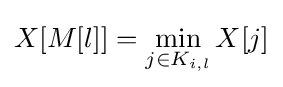
X[M[l]]=\min _{j\in K_{i,l}}X[j]